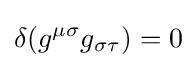
\delta (g^{\mu \sigma }g_{\sigma \tau })=0